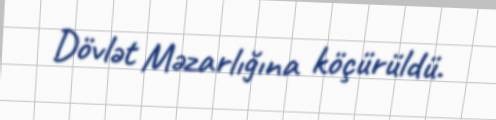
Dövlət Məzarlığına köçürüldü.